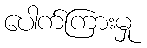
ပေါက်ကြားမှု